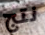
نتج